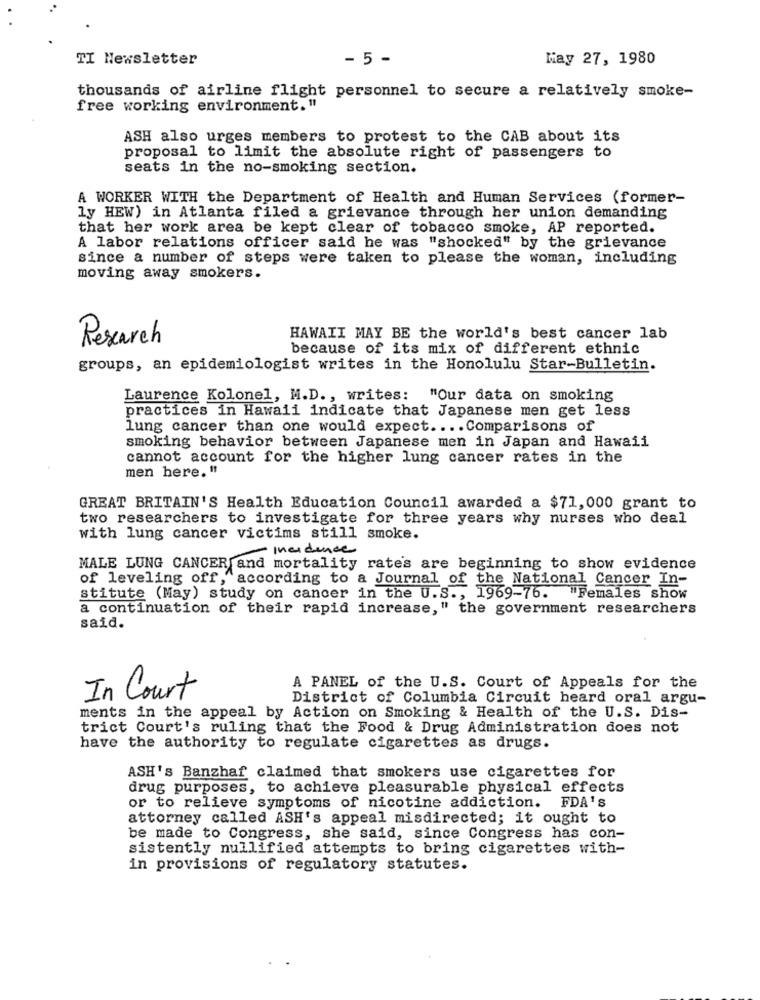
TI Newsletter
- 5 -
May 27, 1980
thousands of airline flight personnel to secure a relatively smoke-
free working environment. "
ASH also urges members to protest to the CAB about its
proposal to limit the absolute right of passengers to
seats in the no-smoking section.
A WORKER WITH the Department of Health and Human Services (former-
ly HEW) in Atlanta filed a grievance through her union demanding
that her work area be kept clear of tobacco smoke, AP reported.
A labor relations officer said he was "shocked" by the grievance
since a number of steps were taken to please the woman, including
moving away smokers.
Research
HAWAII MAY BE the world's best cancer lab
because of its mix of different ethnic
groups, an epidemiologist writes in the Honolulu Star-Bulletin.
Laurence Kolonel, M.D ., writes: "Our data on smoking
practices in Hawaii indicate that Japanese men get less
lung cancer than one would expect .... Comparisons of
smoking behavior between Japanese men in Japan and Hawaii
cannot account for the higher lung cancer rates in the
men here. "
GREAT BRITAIN'S Health Education Council awarded a $71,000 grant to
two researchers to investigate for three years why nurses who deal
with lung cancer victims still smoke.
- medence
MALE LUNG CANCER and mortality rates are beginning to show evidence
of leveling off, "according to a Journal of the National Cancer In-
stitute (May) study on cancer in the U.S ., 1969-76. "Females show
a continuation of their rapid increase," the government researchers
said.
A PANEL of the U.S. Court of Appeals for the
In Court
District of Columbia Circuit heard oral argu-
ments in the appeal by Action on Smoking & Health of the U.S. Dis-
trict Court's ruling that the Food & Drug Administration does not
have the authority to regulate cigarettes as drugs.
ASH's Banzhaf claimed that smokers use cigarettes for
drug purposes, to achieve pleasurable physical effects
or to relieve symptoms of nicotine addiction. FDA's
attorney called ASH's appeal misdirected; it ought to
be made to Congress, she said, since Congress has con-
sistently nullified attempts to bring cigarettes with-
in provisions of regulatory statutes.